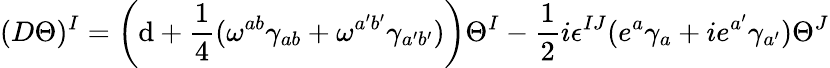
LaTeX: (D\Theta)^{I}=\left(\mathrm{d}+{\frac{{1}}{{4}}}(\omega^{ab}\gamma_{ab}+\omega^{a^{\prime}b^{\prime}}\gamma_{a^{\prime}b^{\prime}})\right)\Theta^{I}-{\frac{{1}}{{2}}}i\epsilon^{IJ}(e^{a}\gamma_{a}+ie^{a^{\prime}}\gamma_{a^{\prime}})\Theta^{J}